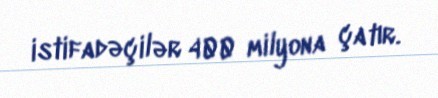
istifadəçilər 400 milyona çatır.